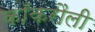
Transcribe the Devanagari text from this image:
काँकरौली